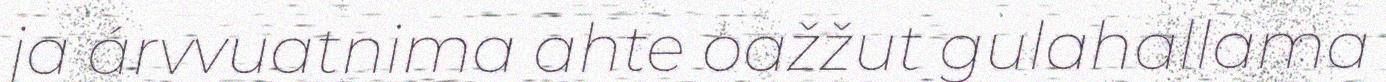
ja árvvuatnima ahte oažžut gulahallama